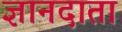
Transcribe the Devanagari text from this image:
ज्ञानदाता